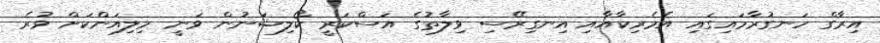
އިރާގް ހަނގުރާމައިގައި އެމެރިކާއާއި އިނގިރޭސި ވިލާތުގެ އަސްކަރީ ކޯލިޝަނުން ވަނީ މިލިއަންކަށް ވުރެ